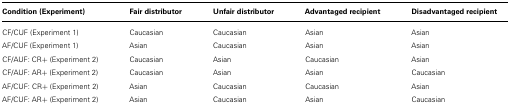
<table><thead><tr><td><b>Condition (Experiment)</b></td><td><b>Fair distributor</b></td><td><b>Unfair distributor</b></td><td><b>Advantaged recipient</b></td><td><b>Disadvantaged recipient</b></td></tr></thead><tbody><tr><td>CF/CUF (Experiment 1)</td><td>Caucasian</td><td>Caucasian</td><td>Asian</td><td>Asian</td></tr><tr><td>AF/CUF (Experiment 1)</td><td>Asian</td><td>Caucasian</td><td>Asian</td><td>Asian</td></tr><tr><td>CF/AUF: CR+ (Experiment 2)</td><td>Caucasian</td><td>Asian</td><td>Caucasian</td><td>Asian</td></tr><tr><td>CF/AUF: AR+ (Experiment 2)</td><td>Caucasian</td><td>Asian</td><td>Asian</td><td>Caucasian</td></tr><tr><td>AF/CUF: CR+ (Experiment 2)</td><td>Asian</td><td>Caucasian</td><td>Caucasian</td><td>Asian</td></tr><tr><td>AF/CUF: AR+ (Experiment 2)</td><td>Asian</td><td>Caucasian</td><td>Asian</td><td>Caucasian</td></tr></tbody></table>